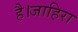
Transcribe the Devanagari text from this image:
है।जाहिरा